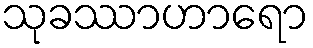
သုခဿာဟာရော